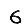
Digit: 6